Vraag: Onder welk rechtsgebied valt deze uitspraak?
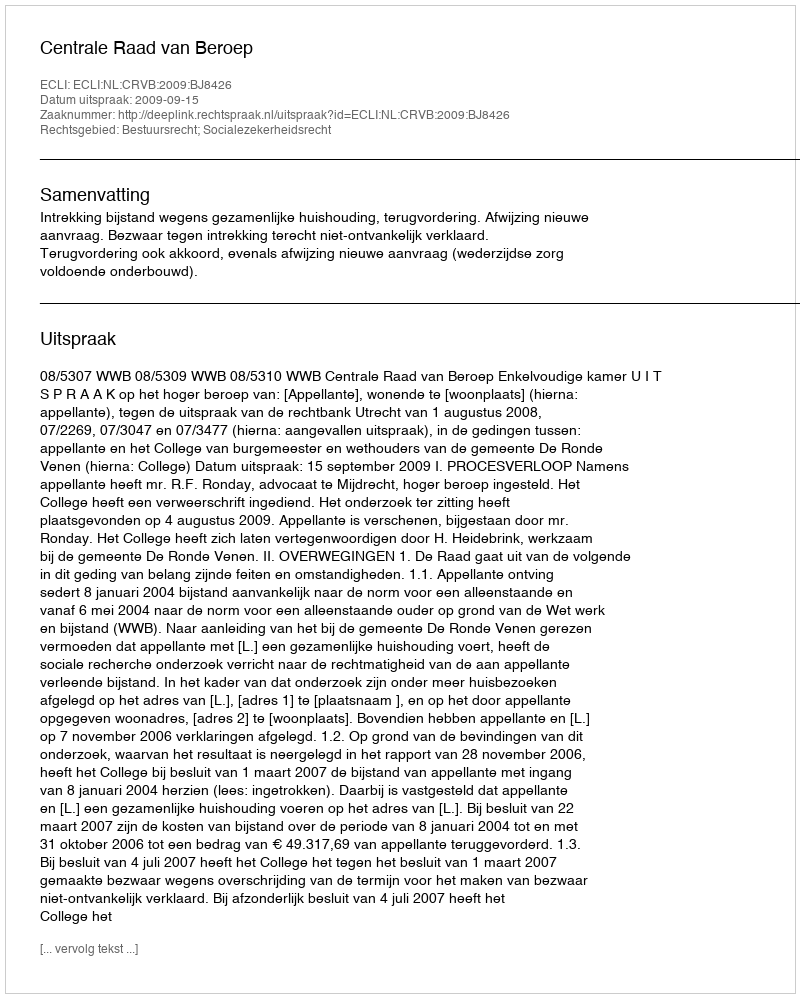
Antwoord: Bestuursrecht; Socialezekerheidsrecht